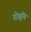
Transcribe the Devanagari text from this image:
दोगुनि